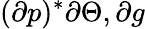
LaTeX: (\partial p)^{*}\partial\Theta,\partial g